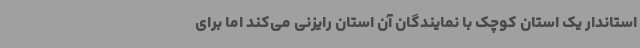
استاندار یک استان کوچک با نمایندگان آن استان رایزنی می‌کند اما برای